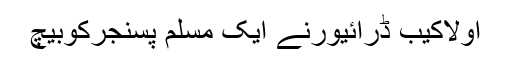
اولاکیب ڈرائیورنے ایک مسلم پسنجرکوبیچ